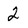
Character: 2